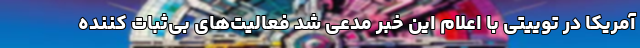
آمریکا در توییتی با اعلام این خبر مدعی شد فعالیت‌های بی‌ثبات کننده